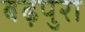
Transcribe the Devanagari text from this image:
बढ़पुरा